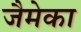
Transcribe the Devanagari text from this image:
जैमेका